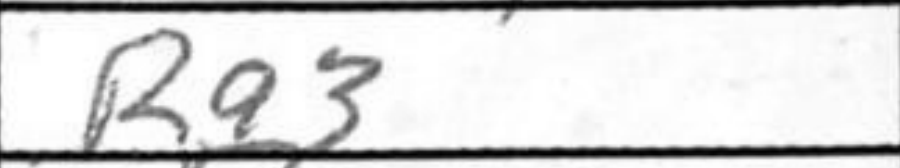
Transcription: Ra3